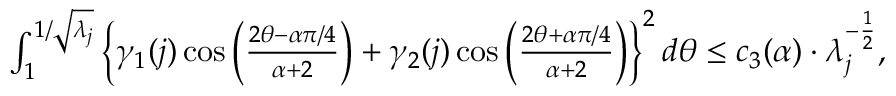
\begin{array} { r } { \int _ { 1 } ^ { 1 / \sqrt { \lambda _ { j } } } \left\{ \gamma _ { 1 } ( j ) \cos \Big ( \frac { 2 \theta - \alpha \pi / 4 } { \alpha + 2 } \Big ) + \gamma _ { 2 } ( j ) \cos \Big ( \frac { 2 \theta + \alpha \pi / 4 } { \alpha + 2 } \Big ) \right\} ^ { 2 } d \theta \leq c _ { 3 } ( \alpha ) \cdot \lambda _ { j } ^ { - \frac { 1 } { 2 } } , } \end{array}